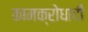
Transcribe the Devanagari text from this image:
कामक्रोधादी